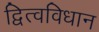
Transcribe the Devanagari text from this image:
द्वित्वविधान